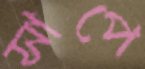
সাপে